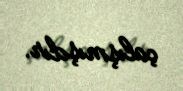
çalışmışdır.